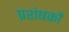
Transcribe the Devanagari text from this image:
प्रशंषकों